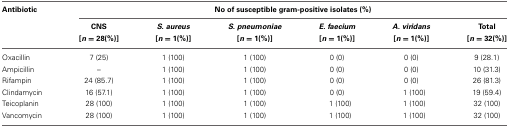
<table><thead><tr><td><b>Antibiotic</b></td><td colspan="6"><b>No of susceptible gram-positive isolates (%)</b></td></tr><tr><td></td><td><b>CNS [<i>n</i> = 28(%)]</b></td><td><b><i>S. aureus</i> [<i>n</i> = 1(%)]</b></td><td><b><i>S. pneumoniae</i> [<i>n</i> = 1(%)]</b></td><td><b><i>E. faecium</i> [<i>n</i> = 1(%)]</b></td><td><b><i>A. viridans</i> [<i>n</i> = 1(%)]</b></td><td><b>Total [<i>n</i> = 32(%)]</b></td></tr></thead><tbody><tr><td>Oxacillin</td><td>7 (25)</td><td>1 (100)</td><td>1 (100)</td><td>0 (0)</td><td>0 (0)</td><td>9 (28.1)</td></tr><tr><td>Ampicillin</td><td>–</td><td>1 (100)</td><td>1 (100)</td><td>0 (0)</td><td>0 (0)</td><td>10 (31.3)</td></tr><tr><td>Rifampin</td><td>24 (85.7)</td><td>1 (100)</td><td>1 (100)</td><td>0 (0)</td><td>0 (0)</td><td>26 (81.3)</td></tr><tr><td>Clindamycin</td><td>16 (57.1)</td><td>1 (100)</td><td>1 (100)</td><td>0 (0)</td><td>1 (100)</td><td>19 (59.4)</td></tr><tr><td>Teicoplanin</td><td>28 (100)</td><td>1 (100)</td><td>1 (100)</td><td>1 (100)</td><td>1 (100)</td><td>32 (100)</td></tr><tr><td>Vancomycin</td><td>28 (100)</td><td>1 (100)</td><td>1 (100)</td><td>1 (100)</td><td>1 (100)</td><td>32 (100)</td></tr></tbody></table>